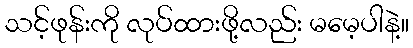
သင့်ဖုန်းကို လုပ်ထားဖို့လည်း မမေ့ပါနဲ့။